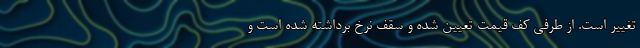
تغییر است. از طرفی کف قیمت تعیین‌ شده و سقف نرخ برداشته شده است و